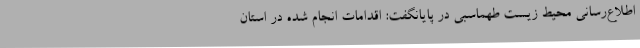
اطلاع‌رسانی محیط زیست طهماسبی در پایانگفت: اقدامات انجام شده در استان